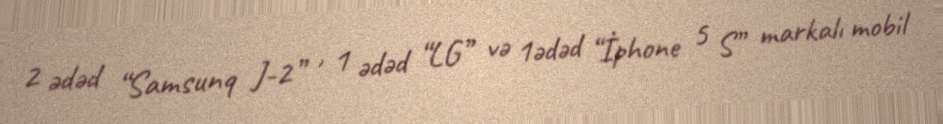
2 ədəd “Samsunq J-2” , 1 ədəd “LG” və 1ədəd “İphone 5 S” markalı mobil